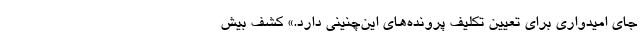
جای امیدواری برای تعیین تکلیف پرونده‌های این‌چنینی دارد.» کشف بیش